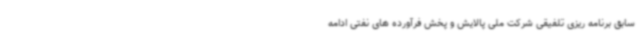
سابق برنامه ریزی تلفیقی شرکت ملی پالایش و پخش فرآورده های نفتی ادامه